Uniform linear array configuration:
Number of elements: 32
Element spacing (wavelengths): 1
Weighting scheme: kaiser
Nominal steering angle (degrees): -15
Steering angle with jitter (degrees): -14.862
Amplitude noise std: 0.05
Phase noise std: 0.05

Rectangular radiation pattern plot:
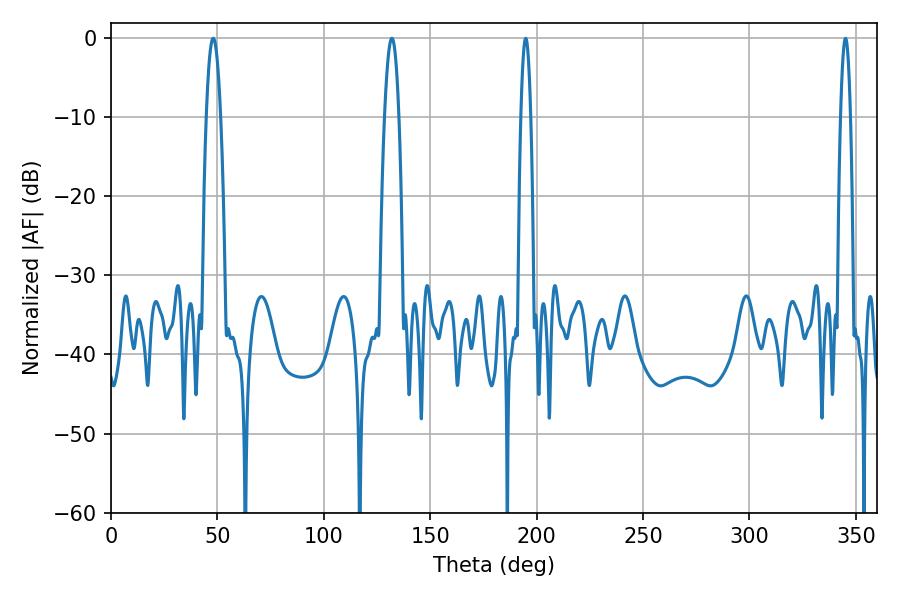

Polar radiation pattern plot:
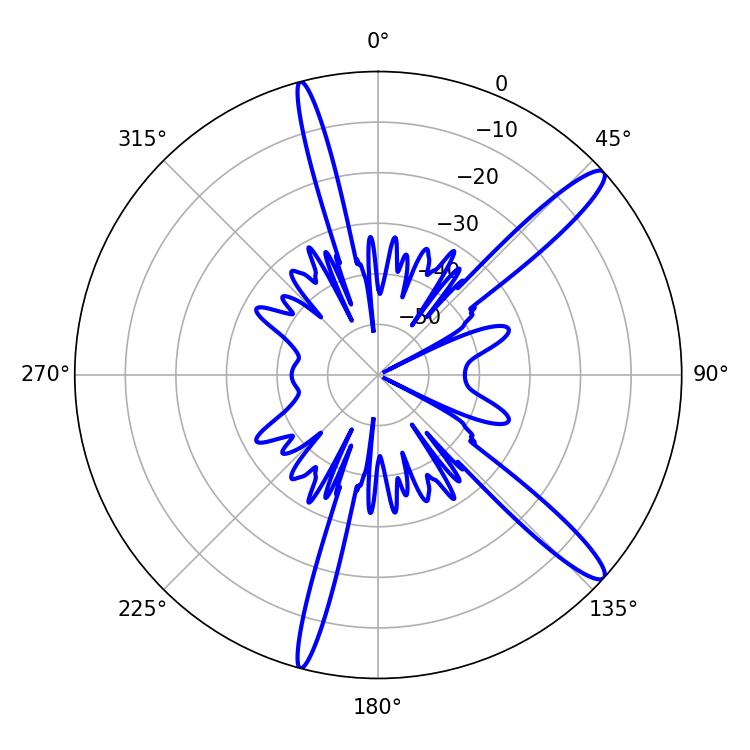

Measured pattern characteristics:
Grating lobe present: TRUE
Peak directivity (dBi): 13.986
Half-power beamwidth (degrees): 3.6
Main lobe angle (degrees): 48.06